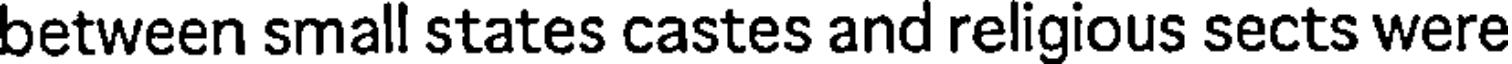
between small states castes and religious sects were